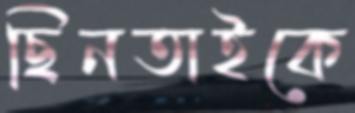
ছিনতাইকে